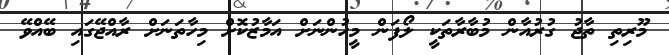
މޫރިތި ތާޖު ގުރުއާން މުބާރާތަކީ ލޯފަން މީހުންނަށް އަމާޒުކޮށް މިހާތަނަށް ރާއްޖޭގައި ބޭއްވޭ